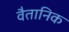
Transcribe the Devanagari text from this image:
वैतानिक